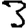
Digit: 3